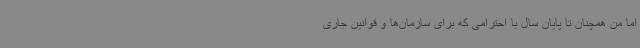
اما من همچنان تا پایان سال با احترامی که برای سازمان‌ها و قوانین جاری